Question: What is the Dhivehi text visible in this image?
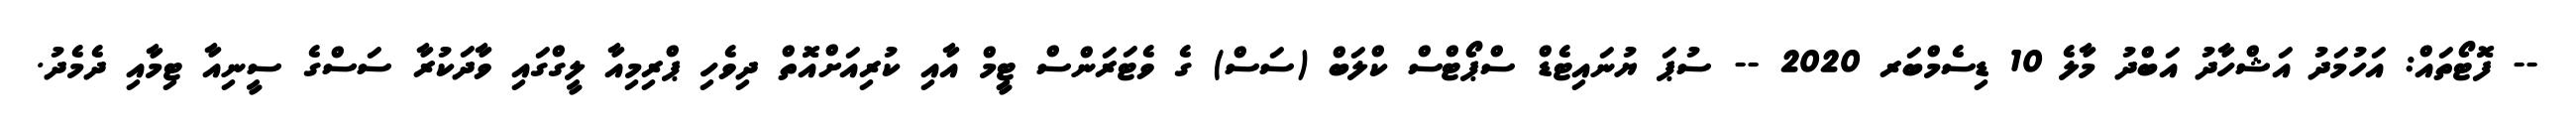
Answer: -- ފޮޓޯތައް: އަހުމަދު އަޝްހާދު އަބްދު މާލެ 10 ޑިސެމްބަރ 2020 -- ސުޕަ ޔުނައިޓެޑް ސްޕޯޓްސް ކްލަބް (ސަސް) ގެ ވެޓަރަންސް ޓިީމް އާއި ކުރިއަށްއޮތް ދިވެހި ޕްރިމިއާ ލީގްގައި ވާދަކުރާ ސަސްގެ ސީނިއާ ޓިމާއި ދެމެދު.